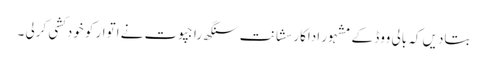
بتادیں کہ بالی ووڈ کے مشہور اداکار سشانت سنگھ راجپوت نے اتوار کو خودکشی کرلی ۔